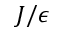
J / \epsilon